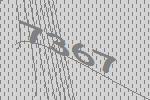
7367